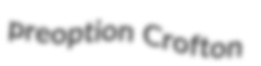
preoption Crofton